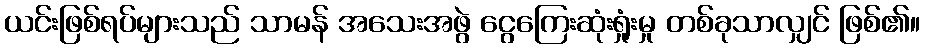
ယင်းဖြစ်ရပ်များသည် သာမန် အသေးအဖွဲ ငွေကြေးဆုံးရှုံးမှု တစ်ခုသာလျှင် ဖြစ်၏။